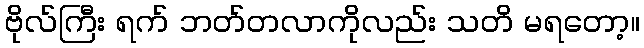
ဗိုလ်ကြီး ရက် ဘတ်တလာကိုလည်း သတိ မရတော့။